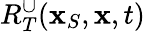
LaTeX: R_{T}^{\cup}({\mathbf x}_{S},{\mathbf x},t)